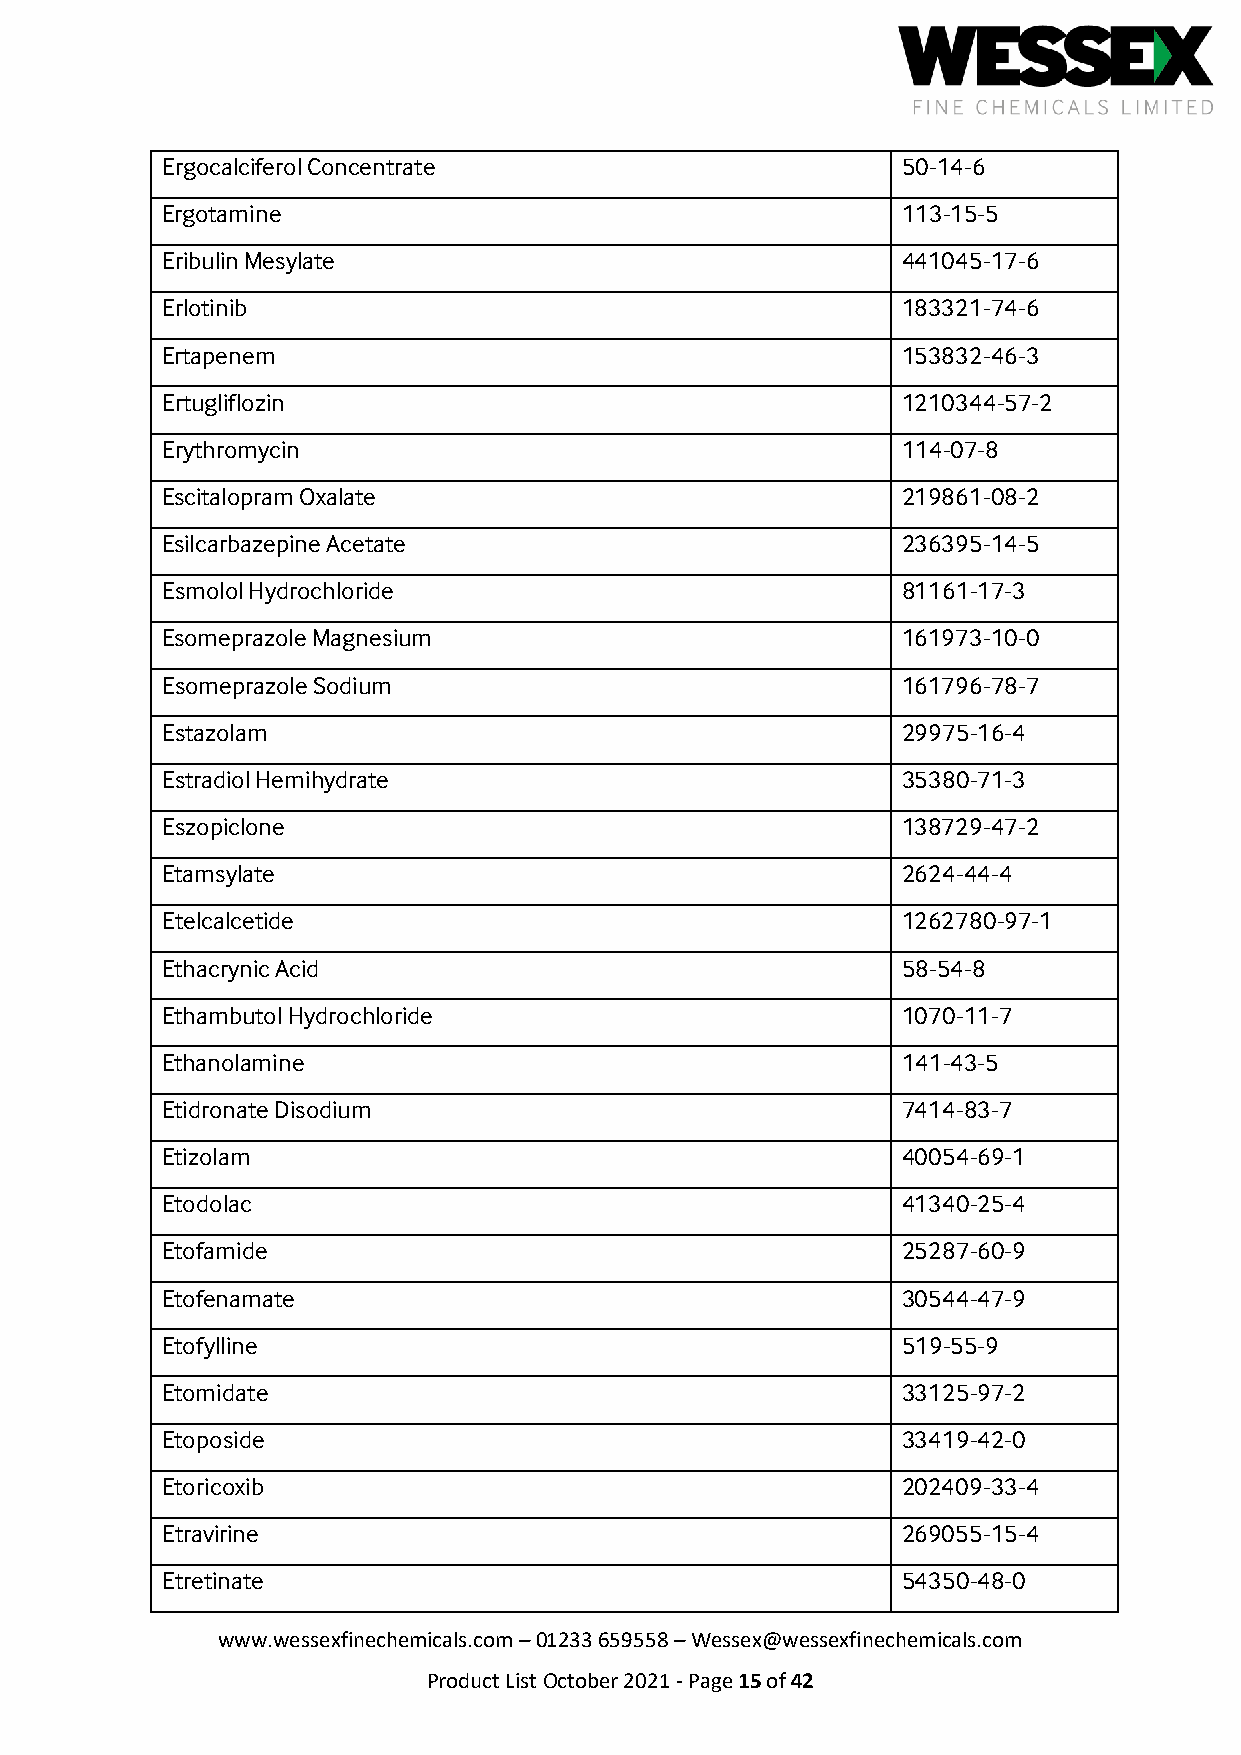
Ergocalciferol Concentrate                       50-14-6
 Ergotamine                                       113-15-5
 Eribulin Mesylate                                441045-17-6
 Erlotinib                                        183321-74-6
 Ertapenem                                        153832-46-3
 Ertugliflozin                                    1210344-57-2
 Erythromycin                                     114-07-8
 Escitalopram Oxalate                             219861-08-2
 Esilcarbazepine Acetate                          236395-14-5
 Esmolol Hydrochloride                            81161-17-3
 Esomeprazole Magnesium                           161973-10-0
 Esomeprazole Sodium                              161796-78-7
 Estazolam                                        29975-16-4
 Estradiol Hemihydrate                            35380-71-3
 Eszopiclone                                      138729-47-2
 Etamsylate                                       2624-44-4
 Etelcalcetide                                    1262780-97-1
 Ethacrynic Acid                                  58-54-8
 Ethambutol Hydrochloride                         1070-11-7
 Ethanolamine                                     141-43-5
 Etidronate Disodium                              7414-83-7
 Etizolam                                         40054-69-1
 Etodolac                                         41340-25-4
 Etofamide                                        25287-60-9
 Etofenamate                                      30544-47-9
 Etofylline                                       519-55-9
 Etomidate                                        33125-97-2
 Etoposide                                        33419-42-0
 Etoricoxib                                       202409-33-4
 Etravirine                                       269055-15-4
 Etretinate                                       54350-48-0
 www.wessexfinechemicals.com – 01233 659558 – Wessex@wessexfinechemicals.com
 Product List October 2021 - Page 15 of 42